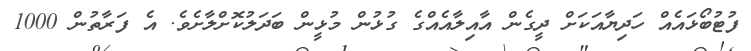
ފުޓުބޯޅައެއް ހަދިޔާއަކަށް ދީގެން އާއިލާއެއްގެ ގުޅުން މުޅީން ބަދަލުކޮށްލާށެވެ. އެ ފަރާތުން 1000